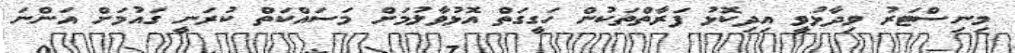
މިނިސްޓަރު ވިދާޅުވީ އިދިކޮޅު ފަރާތްތަކުން ހަގީގަތް އޮޅުވާލުމަށް މަސައްކަތް ކުރަނީ ގައުމަށް އަންނަ